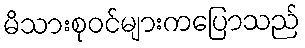
မိသားစုဝင်များကပြောသည်